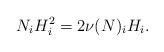
LaTeX: \begin{align*}N_iH_i^{2}&=2\nu(N)_iH_{i}.\end{align*}